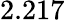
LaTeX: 2.217